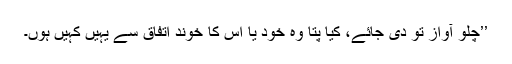
’’چلو آواز تو دی جائے، کیا پتا وہ خود یا اس کا خوند اتفاق سے یہیں کہیں ہوں۔